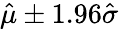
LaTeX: {\hat{\mu}}\pm 1.96{\hat{\sigma}}